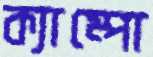
ক্যাম্পো